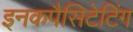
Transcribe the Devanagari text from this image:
इनकपैसिटेटिंग